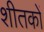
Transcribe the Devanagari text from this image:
शीतकों